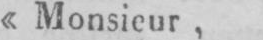
«Monsieur,